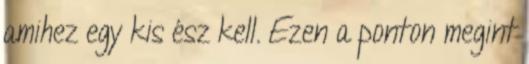
amihez egy kis ész kell. Ezen a ponton megint